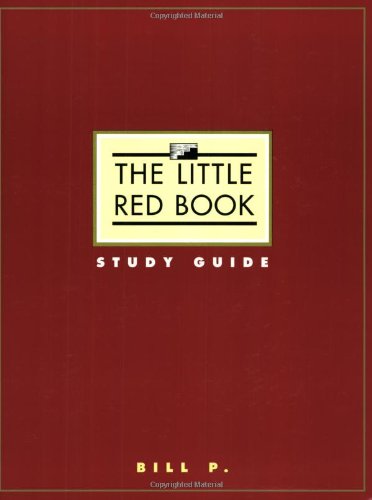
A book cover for The Little Red Book Study Guide; Bill P.; Health, Fitness & Dieting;